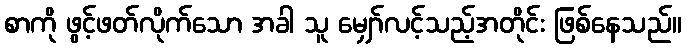
စာကို ဖွင့်ဖတ်လိုက်သော အခါ သူ မျှော်လင့်သည့်အတိုင်း ဖြစ်နေသည်။